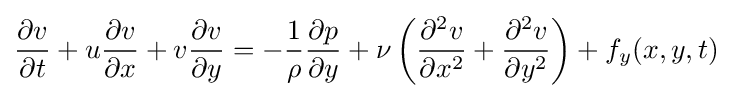
{\frac {\partial v}{\partial t}}+u{\frac {\partial v}{\partial x}}+v{\frac {\partial v}{\partial y}}=-{\frac {1}{\rho }}{\frac {\partial p}{\partial y}}+\nu \left({\frac {\partial ^{2}v}{\partial x^{2}}}+{\frac {\partial ^{2}v}{\partial y^{2}}}\right)+f_{y}(x,y,t)